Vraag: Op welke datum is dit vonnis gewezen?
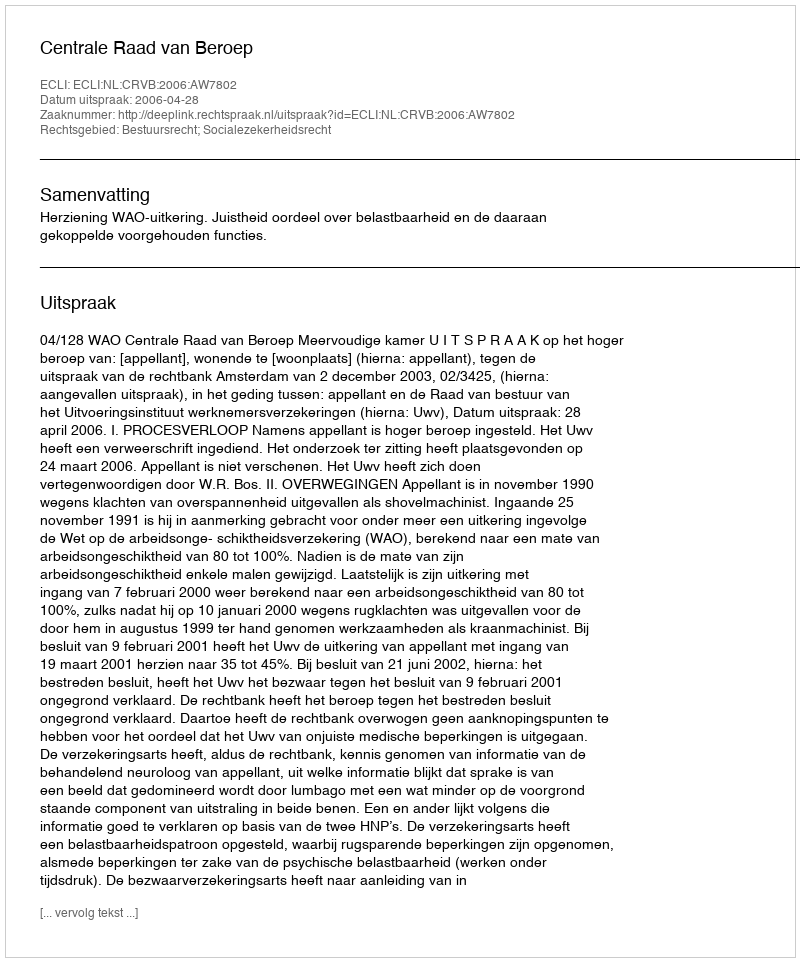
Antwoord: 2006-04-28